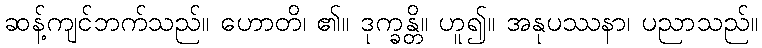
ဆန့်ကျင်ဘက်သည်။ ဟောတိ၊ ၏။ ဒုက္ခန္တိ။ ဟူ၍။ အနုပဿနာ၊ ပညာသည်။